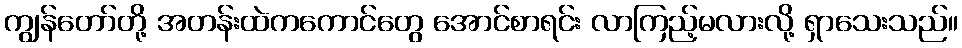
ကျွန်တော်တို့ အတန်းထဲကကောင်တွေ အောင်စာရင်း လာကြည့်မလားလို့ ရှာသေးသည်။